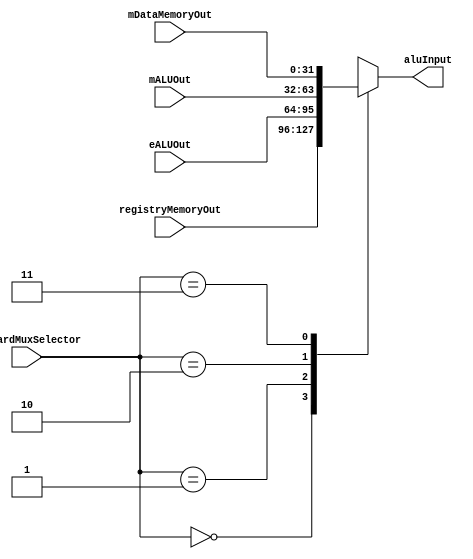
`timescale 1ns / 1ps
////////////////////////////////////////////////////////////////////////////////
// Module Name: Forward Multiplexer
// Instruction Stage: Instruction Decode
//
// Description: Determines the ALU's input for the next stage, and acts as the
//              controller for any forwarding of instruction values from future
//              stages of previous instructions to current stages of current
//              instructions. Determines between four choices:
//              1. The register memory's output;
//              2. The ALU output at the execution stage;
//              3. The ALU output at the memory access stage;
//              4. The data output at the memory access stage.
////////////////////////////////////////////////////////////////////////////////


module ForwardMux(
    // Inputs
    input [1:0] forwardMuxSelector,
    input [31:0] registryMemoryOut,
    input [31:0] eALUOut,
    input [31:0] mALUOut,
    input [31:0] mDataMemoryOut,
    // Outputs
    output reg [31:0] aluInput
    );

    always @(*) begin
        case(forwardMuxSelector)
            2'b00: aluInput = registryMemoryOut;
            2'b01: aluInput = eALUOut;
            2'b10: aluInput = mALUOut;
            2'b11: aluInput = mDataMemoryOut;
        endcase
    end
endmodule